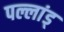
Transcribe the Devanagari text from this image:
पल्लांड्